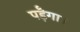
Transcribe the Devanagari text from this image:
पड़ॆगा।